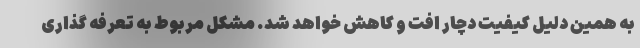
به همین دلیل کیفیت دچار افت و کاهش خواهد شد. مشکل مربوط به تعرفه گذاری